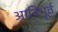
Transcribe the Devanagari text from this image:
आविभूर्त